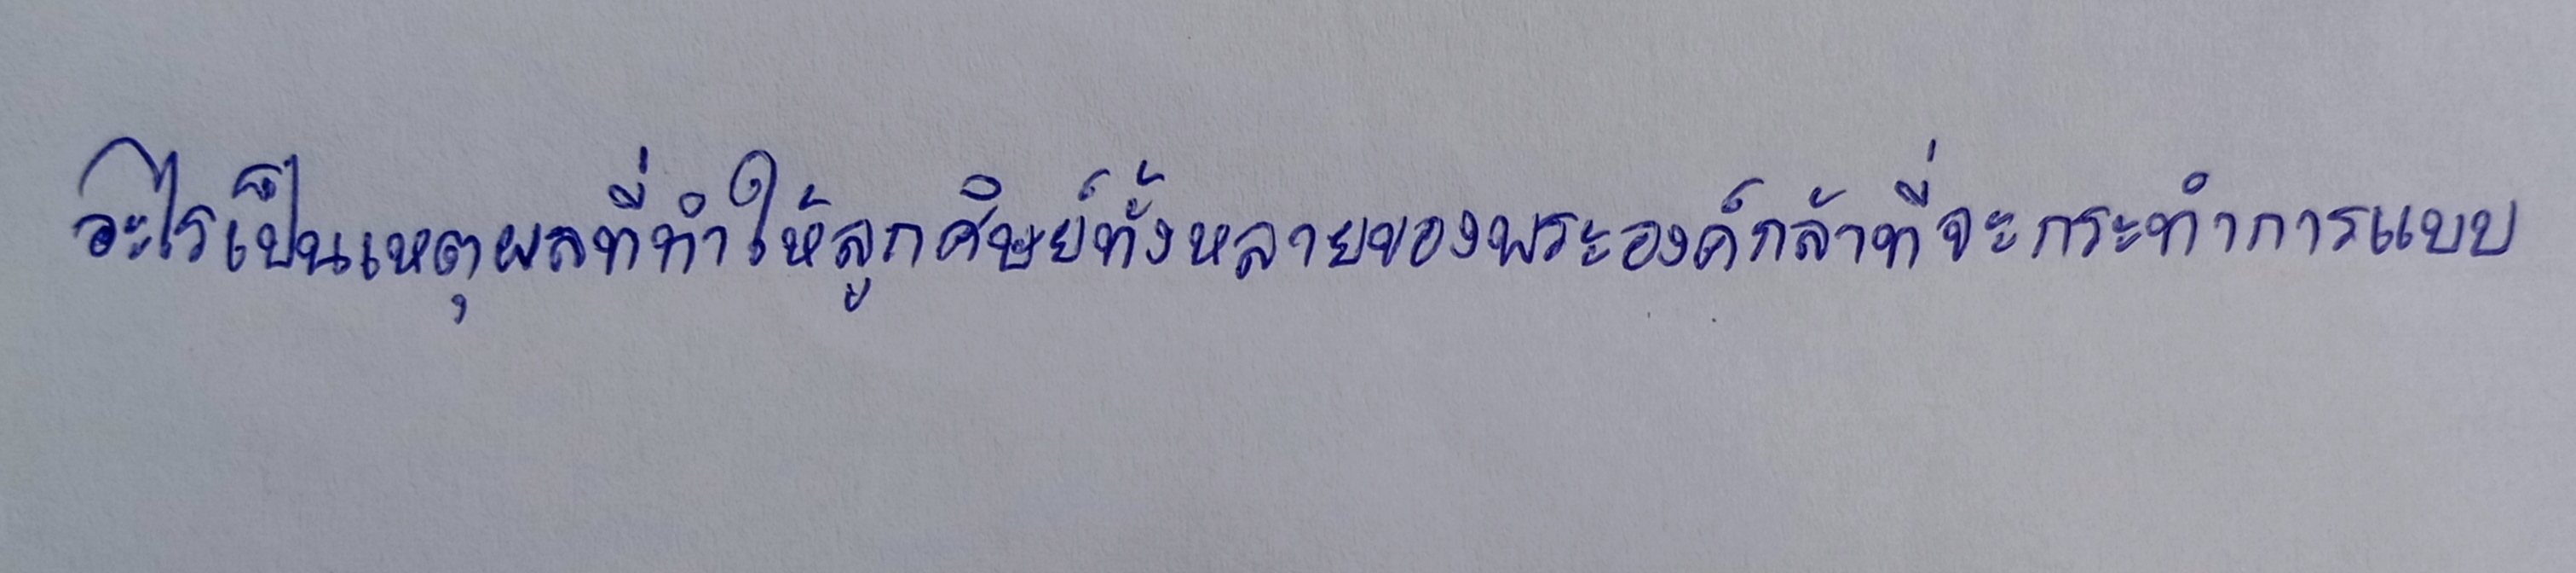
ยังช่วยกระตุ้นการทำงานของบัคเตรีในกระเพาะซึ่งจะช่วยย่อยอาหารหยาบ